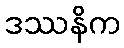
ဒဿနိက